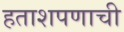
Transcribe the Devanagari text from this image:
हताशपणाची